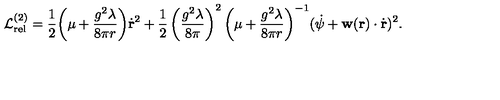
{ \cal L } _ { \mathrm { r e l } } ^ { ( 2 ) } = \frac { 1 } { 2 } \biggl ( \mu + \frac { g ^ { 2 } \lambda } { 8 \pi r } \biggr ) \dot { { \bf r } } ^ { 2 } + \frac { 1 } { 2 } \left( \frac { g ^ { 2 } \lambda } { 8 \pi } \right) ^ { 2 } \biggl ( \mu + \frac { g ^ { 2 } \lambda } { 8 \pi r } \biggr ) ^ { - 1 } ( \dot { \psi } + { \bf w } ( { \bf r } ) \cdot \dot { { \bf r } } ) ^ { 2 } .